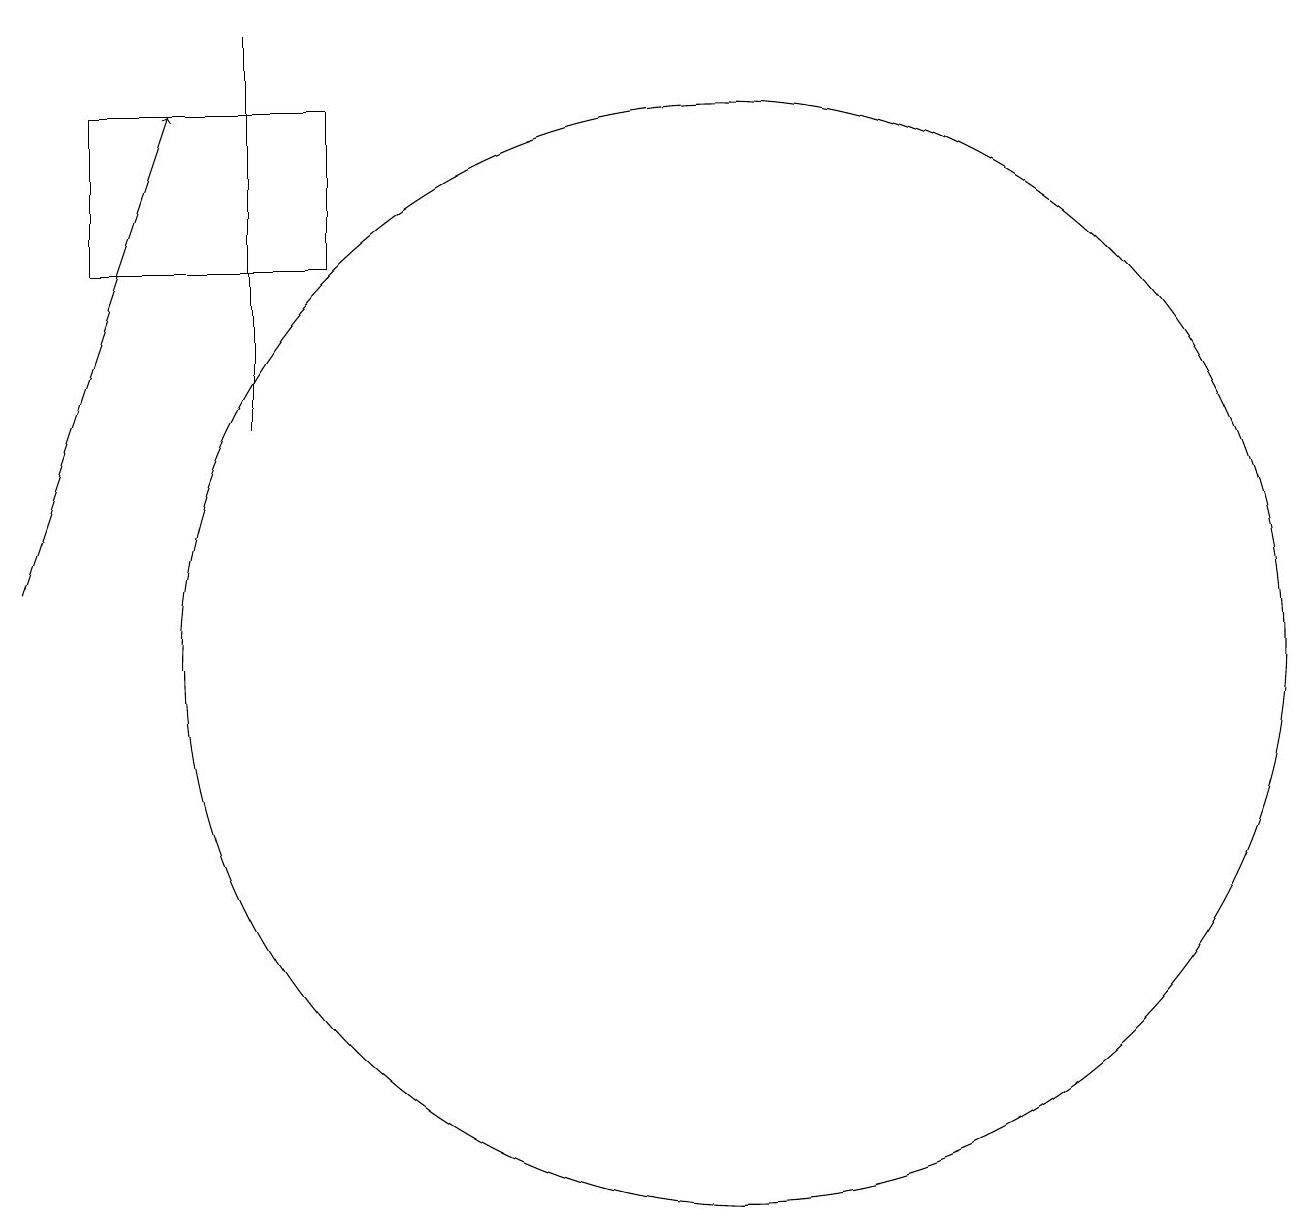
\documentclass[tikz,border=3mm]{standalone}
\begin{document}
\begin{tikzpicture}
\draw (11,10) circle (7);
\draw (5,13) rectangle (5,18);
\draw (3,15) rectangle (6,17);
\draw[->] (2,11) -- (4,17);
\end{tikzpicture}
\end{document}